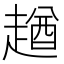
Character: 趥